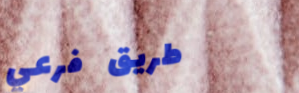
طريق فرعي